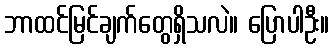
ဘာထင်မြင်ချက်တွေရှိသလဲ။ ပြောပါဦး။